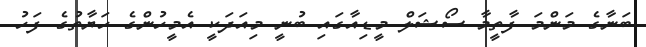
ބަނާގެ މަންމަ ފާތީމާ ސޯޝަލް މީޑިއާގައި ބުނީ މިއަދަކީ އެމީހުންގެ ހަޔާތުގެ ފަހު